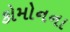
કોમોનના